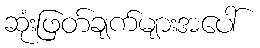
ဆုံးဖြတ်ချက်များအပေါ်